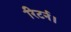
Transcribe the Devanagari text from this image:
रिटर्न।